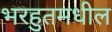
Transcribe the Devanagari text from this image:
भरहुतमधील